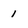
Character: 1